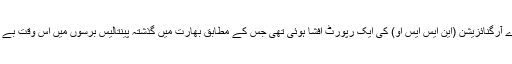
خیال رہے کہ گذشتہ ہفتہ حکومتی ادارہ نیشنل سیمپل سروے آرگنائزیشن (این ایس ایس او) کی ایک رپورٹ افشا ہوئی تھی جس کے مطابق بھارت میں گذشتہ پینتالیس برسوں میں اس وقت بے روزگار ی کی شرح سب سے زیادہ 6.1 فیصد ہوگئی ہے۔